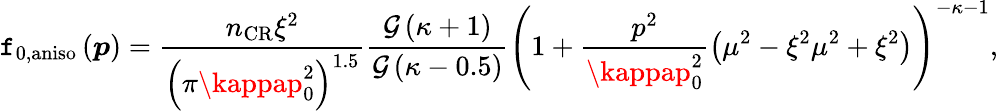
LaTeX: \mathtt{f}_{0,\mathrm{{aniso}}}\left(\boldsymbol{p}\right)=\frac{{n_{\mathrm{{CR}}}\xi^{2}}}{{\left(\pi\kappap_{0}^{2}\right)^{1.5}}}\frac{{\mathcal{{G}}\left(\kappa+1\right)}}{{\mathcal{{G}}\left(\kappa-0.5\right)}}\left(1+\frac{{p^{2}}}{{\kappap_{0}^{2}}}\left(\mu^{2}-\xi^{2}\mu^{2}+\xi^{2}\right)\right)^{-\kappa-1},